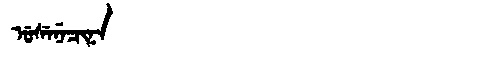
Manchu: ᡠᠰᡝᠨᡝᠴᡳᠨᠠ
Romanization: USENECINA